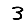
Digit: 3